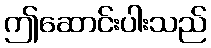
ဤဆောင်းပါးသည်